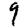
Digit: 9